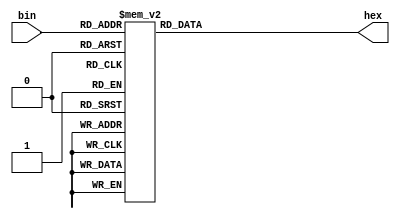
`timescale 1ns / 1ps
//////////////////////////////////////////////////////////////////////////////////
// Company: 
// Engineer: 
// 
// Design Name: 
// Module Name: bin_asci
// Project Name: 
// Target Devices: 
// Tool Versions: 
// Description: 
// 
// Dependencies: 
// 
// Revision:
// Revision 0.01 - File Created
// Additional Comments:
// 
//////////////////////////////////////////////////////////////////////////////////

//take 4 bit binary and generat hexadicmal ascii code equivalent 
module bin_asci(
    input [3:0] bin,  
    output reg [7:0] hex
    );
    always@(bin)
        begin
        case(bin)
        4'b0000: hex=8'h30;
        4'b0001: hex=8'h31;
        4'b0010: hex=8'h32;
        4'b0011: hex=8'h33;
        4'b0100: hex=8'h34;
        4'b0101: hex=8'h35;
        4'b0110: hex=8'h36;
        4'b0111: hex=8'h37;
        4'b1000: hex=8'h38;
        4'b1001: hex=8'h39;
        4'b1010: hex=8'h61;
        4'b1011: hex=8'h62;
        4'b1100: hex=8'h63;
        4'b1101: hex=8'h64;
        4'b1110: hex=8'h65;
        4'b1111: hex=8'h66;
        default: hex=8'h20;// default is space
        endcase
      end 
endmodule